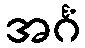
အင်္ဂံ